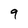
Character: 9